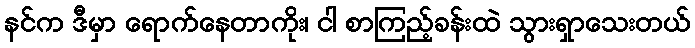
နင်က ဒီမှာ ရောက်နေတာကိုး၊ ငါ စာကြည့်ခန်းထဲ သွားရှာသေးတယ်